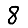
Digit: 8